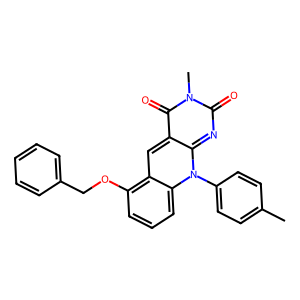
SMILES: Cc1ccc(-n2c3nc(=O)n(C)c(=O)c-3cc3c(OCc4ccccc4)cccc32)cc1
Inhibits HIV replication: No